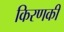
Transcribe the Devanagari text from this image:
किरणकी